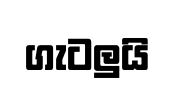
ගැටලුයි